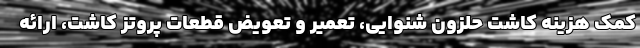
کمک هزینه کاشت حلزون شنوایی، تعمیر و تعویض قطعات پروتز کاشت، ارائه